Leaving Certificate Examination, 1915
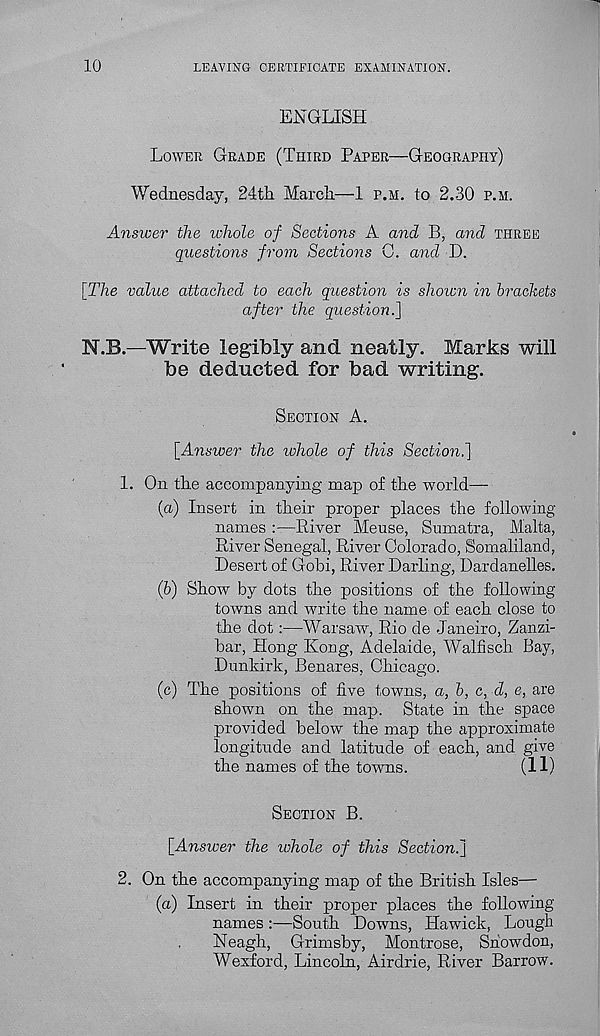
10
LEAVING CERTIFICATE EXAMINATION.
ENGLISH
LOWER GRADE (THIRD PAPER—GEOGRAPHY)
Wednesday, 24th March—1 P.H. to 2.30 P.H.
Answer the whole of Sections A and B, and THREE
questions from Sections 0. and D.
[The value attached to each question is shown in brackets
after the question.]
N.B.—Write legibly and neatly. Marks will
be deducted for bad writing.
SECTION A.
[Answer the whole of this Section.]
1. On the accompanying map of the world—
(а) Insert in their proper places the following-
names :—River Meuse, Sumatra, Malta,
River Senegal, River Colorado, Somaliland,
Desert of Gobi, River Darling, Dardanelles.
(б) Show by dots the positions of the following-
towns and write the name of each close to
the dot:—Warsaw, Rio de Janeiro, Zanzi-
bar, Hong Kong, Adelaide, Walfisch Bay,
Dunkirk, Benares, Chicago.
(c) The positions of five towns, a, b, c, d, e, are
shown on the map. State in the space
provided below the map the approximate
longitude and latitude of each, and give
the names of the towns.
(11)
SECTION B.
[Answer the ivhole of this Section.]
2. On the accompanying map of the British Isles—
(a) Insert in their proper places the following-
names :—South Downs, Hawick, Lough
Neagh, Grimsby, Montrose, Snowdon,
Wexford, Lincoln, Airdrie, River Barrow.